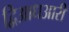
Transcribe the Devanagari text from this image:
द्विआधआरी